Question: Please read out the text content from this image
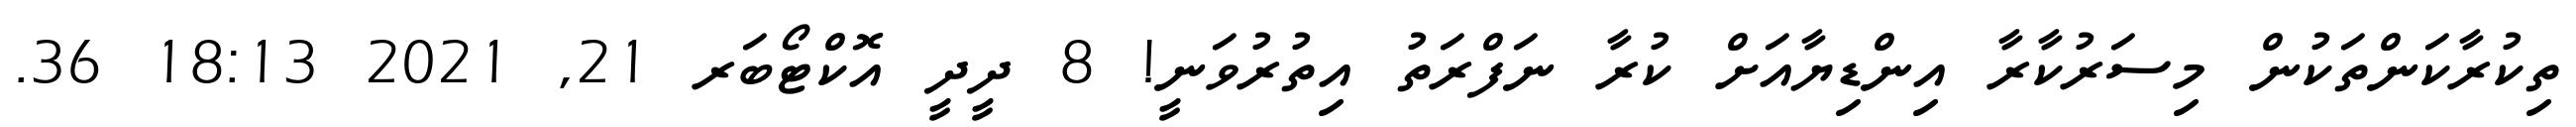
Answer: ތިކުރާކަންތަކުން މިސަރުކާރާ އިންޑިޔާއަށް ކުރާ ނަފްރަތު އިތުރުވަނީ! 8 ދީދީ އޮކްޓޯބަރ 21, 2021 18:13 36.